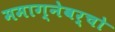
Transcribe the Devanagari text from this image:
ममाग्नेवर्चो